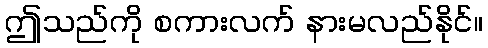
ဤသည်ကို စကားလက် နားမလည်နိုင်။